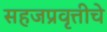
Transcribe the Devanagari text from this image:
सहजप्रवृत्तीचे